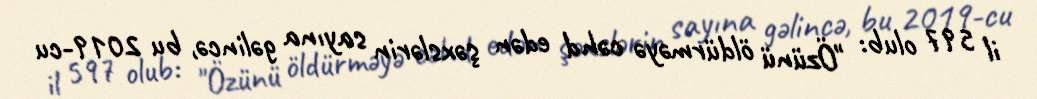
il 597 olub: "Özünü öldürməyə cəhd edən şəxslərin sayına gəlincə, bu 2019-cu